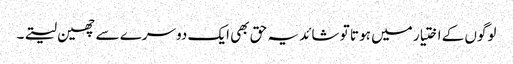
لوگوں کے اختیار میں ہو تا تو شائد یہ حق بھی ایک دوسرے سے چھین لیتے۔